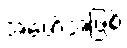
အဖော်အဖြစ်